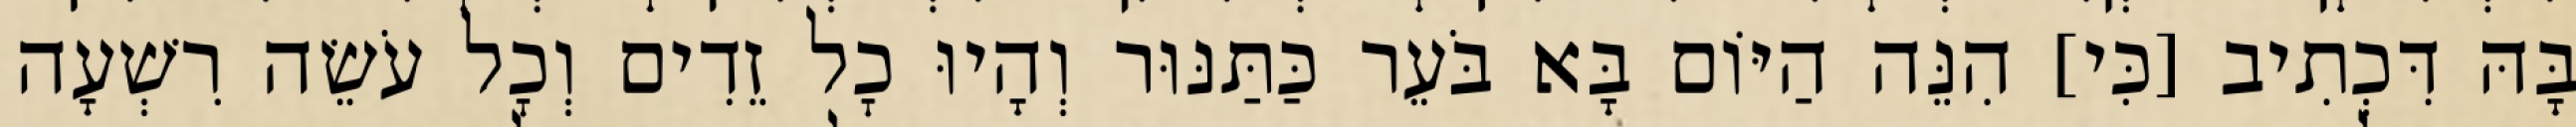
בָּהּ דִּכְתִיב [כִּי] הִנֵּה הַיּוֹם בָּא בֹּעֵר כַּתַּנּוּר וְהָיוּ כׇל זֵדִים וְכׇל עֹשֵׂה רִשְׁעָה